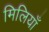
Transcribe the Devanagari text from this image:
मिलियाँ